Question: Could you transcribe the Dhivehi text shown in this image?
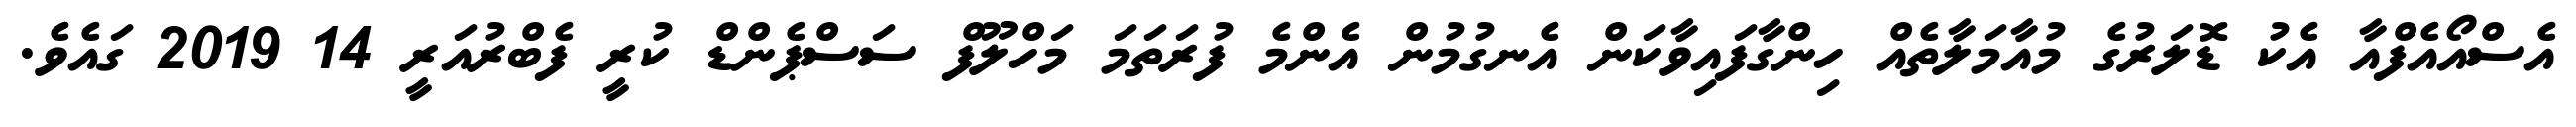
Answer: އެސްއޯއެފްއާ އެކު ޑޮލަރުގެ މުއާމަލާތެއް ހިންގާފައިވާކަން އެނގުމުން އެންމެ ފުރަތަމަ މަހްލޫފް ސަސްޕެންޑް ކުރީ ފެބްރުއަރީ 14 2019 ގައެވެ.